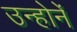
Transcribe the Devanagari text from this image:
उन्होनंे